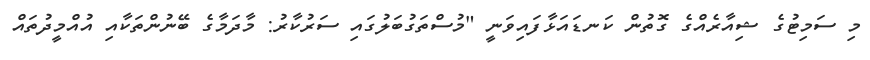
މި ސަމިޓުގެ ޝިއާރެއްގެ ގޮތުން ކަނޑައަޅާފައިވަނީ "މުސްތަގުބަލުގައި ސަރުކާރު: މާދަމާގެ ބޭނުންތަކާއި އުއްމީދުތައް